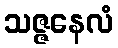
သဇ္ဇနေလံ